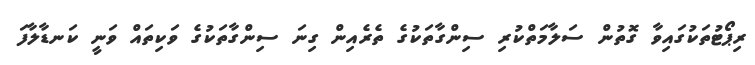
ރިޕޯޓުތަކުގައިވާ ގޮތުން ސަލާމަތްކުރި ސިންގާތަކުގެ ތެރެއިން ގިނަ ސިންގާތަކުގެ ވަކިތައް ވަނީ ކަނޑާލާފަ